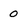
Character: 0